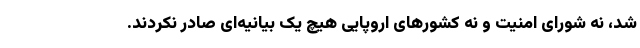
شد، نه شورای امنیت و نه کشور‌های اروپایی هیچ یک بیانیه‌ای صادر نکردند.